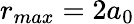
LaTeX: r_{max}=2a_{0}